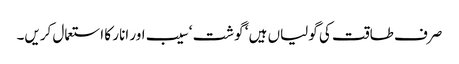
صرف طاقت کی گولیاں ہیں ‘ گوشت ‘ سیب اور انار کا استعمال کریں۔